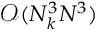
\mathcal O ( N _ { k } ^ { 3 } N ^ { 3 } )